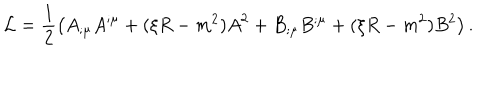
{ \cal L } = \frac { 1 } { 2 } \left( { A } _ { ; \mu } { A } ^ { ; \mu } + ( \xi R - m ^ { 2 } ) { A } ^ { 2 } + { B } _ { ; \mu } { B } ^ { ; \mu } + ( \xi R - m ^ { 2 } ) { B } ^ { 2 } \right) .